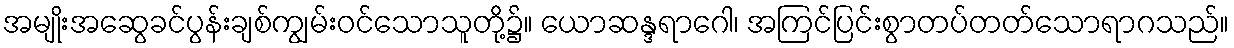
အမျိုးအဆွေခင်ပွန်းချစ်ကျွမ်းဝင်သောသူတို့၌။ ယောဆန္ဒရာဂေါ၊ အကြင်ပြင်းစွာတပ်တတ်သောရာဂသည်။